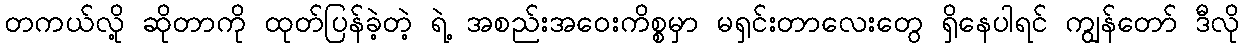
တကယ်လို့ ဆိုတာကို ထုတ်ပြန်ခဲ့တဲ့ ရဲ့ အစည်းအဝေးကိစ္စမှာ မရှင်းတာလေးတွေ ရှိနေပါရင် ကျွန်တော် ဒီလို